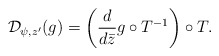
\begin{align*} \mathcal D_{\psi, z'}(g) = \left(\frac{d }{ d \bar z} g\circ T^{-1} \right)\circ T. \end{align*}